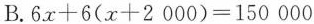
B.$$6x+6(x+2000)=150000$$